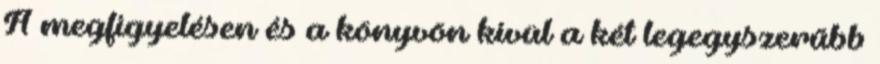
A megfigyelésen és a könyvön kívül a két legegyszerűbb